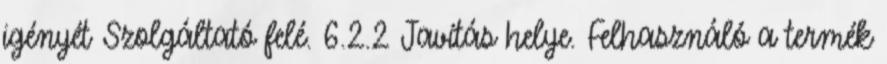
igényét Szolgáltató felé. 6.2.2 Javítás helye. Felhasználó a termék